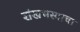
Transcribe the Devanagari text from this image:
शंखभस्माचा